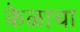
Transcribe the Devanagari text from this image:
केळाचा